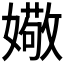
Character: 𫱻